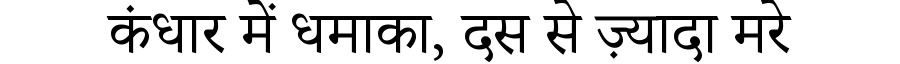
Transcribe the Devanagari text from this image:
कंधार में धमाका, दस से ज़्यादा मरे